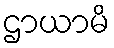
ဌာယာမိ